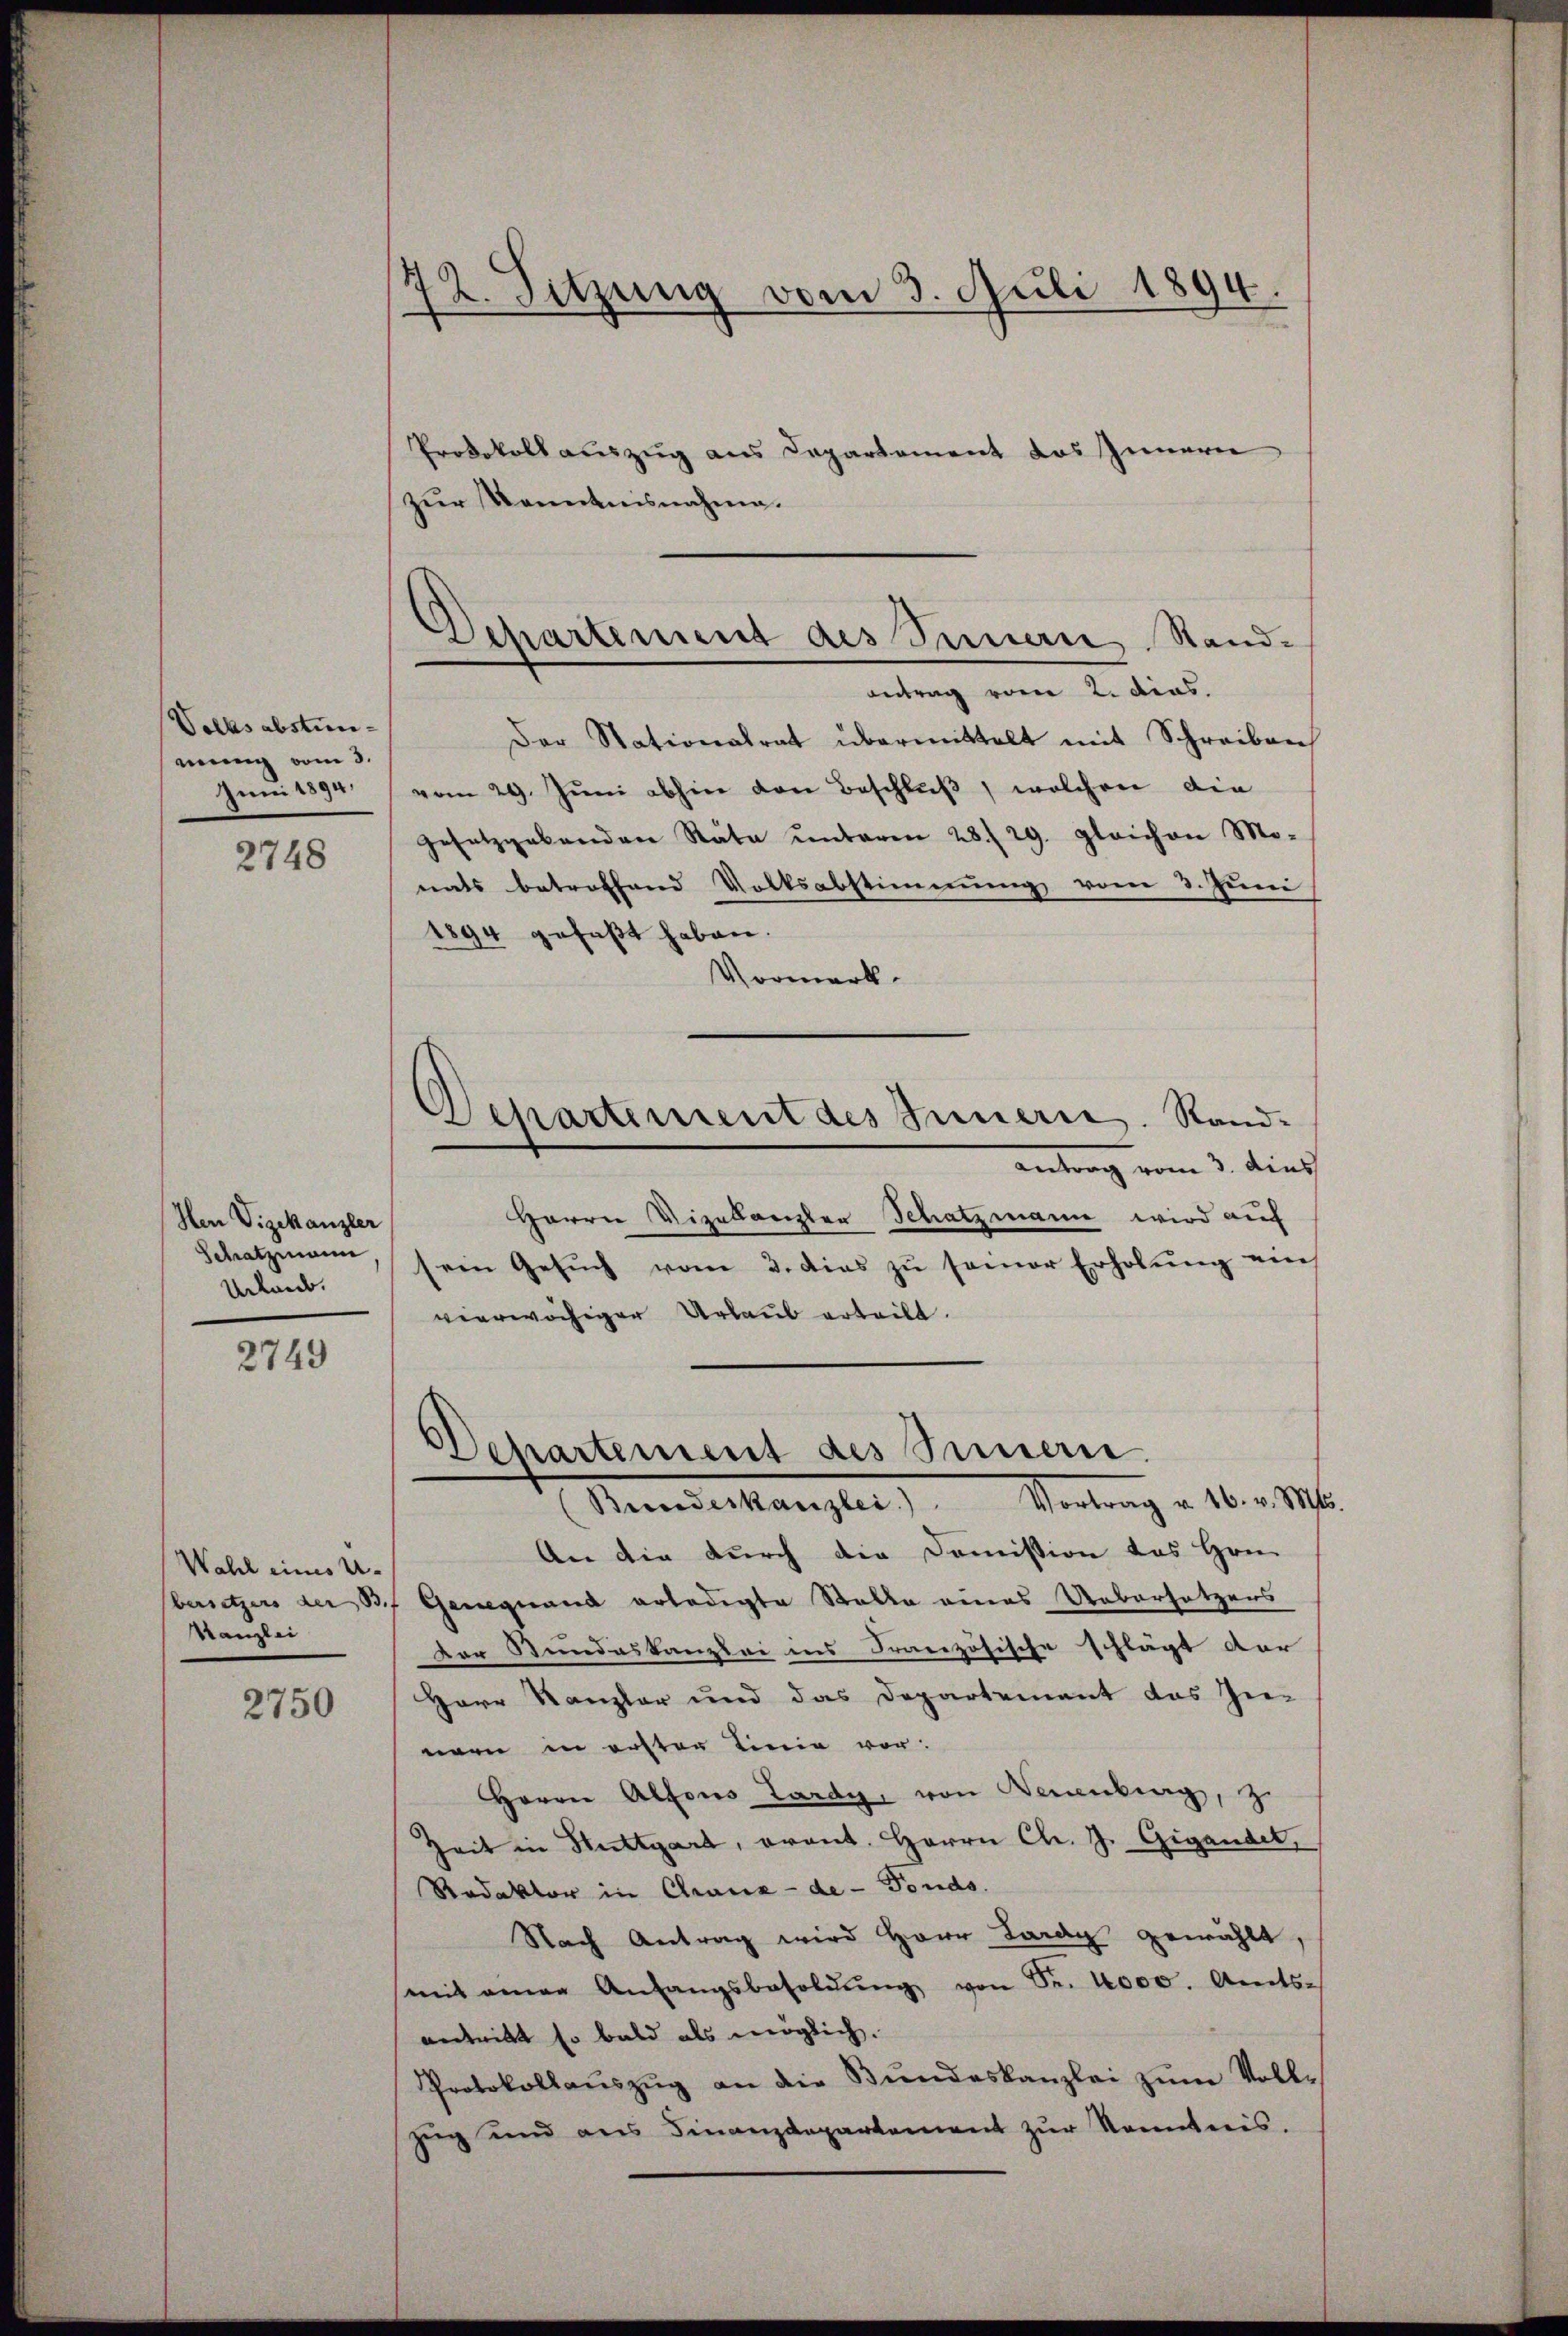
Volksabstim-
mung vom 3.
Juni 1894.

2748

Hen Vizekanzler
Schatzmann
Urlaub.

2749

Wahl eines U.
Kanzlei

2750

72. Sitzung vom 3. Juli 1894.

Departement des Innern Stand¬
Antrag vom 2. dies.

Departement des Innern. Stand.

Protokoll auszug aus Departement das Innerer
zur Kenntnisnahme.
Der Stationalrat übermittelt mit Schreiben
vom 29. Jŭni abhin von Beschluß, welchen die
gesetzgebenden Räte ŭnteren 28./29. gleichen Mo-
nats betroffend Volksabstimmung vom 3. Juni
1894 gefaßt haben.
Vormerk.
antrag vom 3. dies
Herrn Vizellanzler Schatzmann wird auf
sein Gesuch vom 3. dies zu seiner Erholung ein
vierwächiger Urlaub erteilt.
Departement des Innern.
Mandeskanzlei Vertrag . 16. 19.
An die durch die Domission des Hrn.
bersetzers der B. Genequand erledigte Stalle eines Uebersetzers
Der Stundeskanzlei ins Französische schlägt der
Herr Kanzler und das Departement das In-
nern in erster Linie vor:
Herrn Alfons Lardy, von Neuenburg, z.
Zeit in Stuttgart, avant. Herrn Ch. J. Gigandel,
Redaktor in Chaux-de-Fonds.
Nach Antrag wird Herr Lardy gewählt,
mit einen Anfangsbesoldŭng von Sr. 4000. Amts-
antritt so bald als möglich.
Protokollaŭszŭg an die Bŭndeskanzlei zŭm Voll-
zug und aus Finanzdepartement zur Kenntnis.